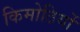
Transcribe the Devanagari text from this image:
किमोठियों